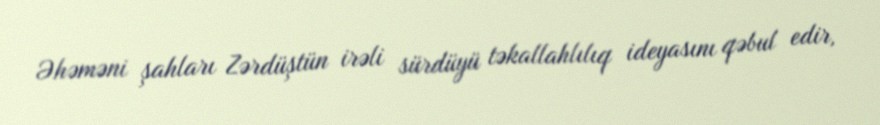
Əhəməni şahları Zərdüştün irəli sürdüyü təkallahlılıq ideyasını qəbul edir,